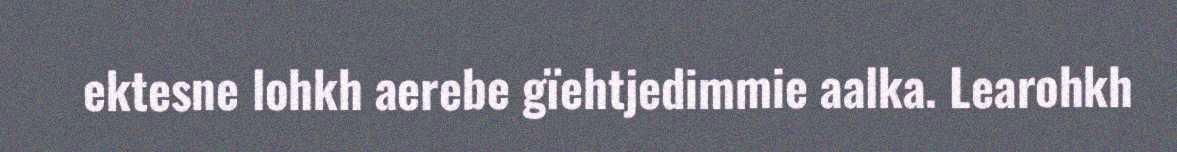
ektesne lohkh aerebe gïehtjedimmie aalka. Learohkh